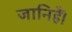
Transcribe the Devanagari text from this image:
जानिहैं।